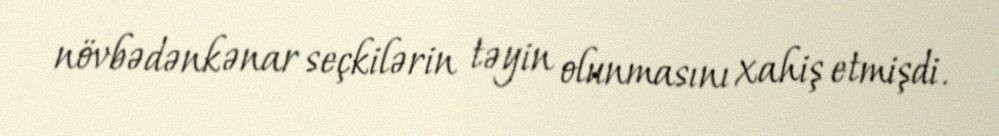
növbədənkənar seçkilərin təyin olunmasını xahiş etmişdi.